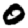
Digit: 0